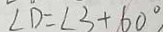
\angle D = \angle 3 + 6 0 ^ { \circ } ,